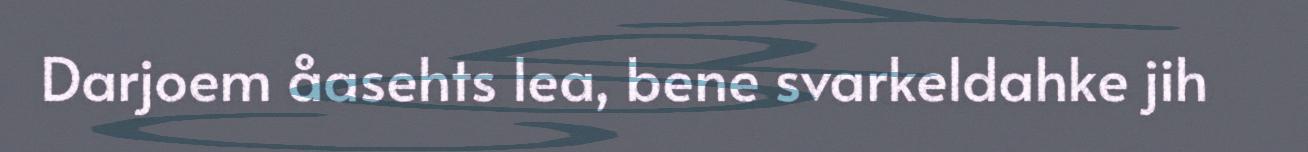
Darjoem åasehts lea, bene svarkeldahke jih